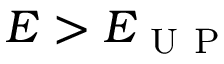
E > E _ { \mathrm { ~ U ~ P ~ } }